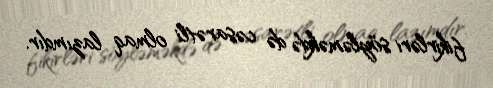
fikirləri söyləməkdə də cəsarətli olmaq lazımdır.